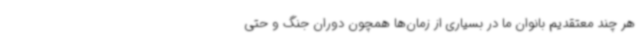
هر چند معتقدیم بانوان ما در بسیاری از زمان‌ها همچون دوران جنگ و حتی